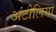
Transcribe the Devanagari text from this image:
अंटोलिया